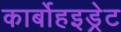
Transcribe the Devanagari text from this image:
कार्बोहइड्रेट